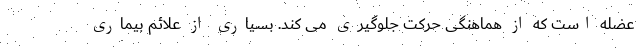
عضله است که از هماهنگی حرکت جلوگیری می کند. بسیاری از علائم بیماری